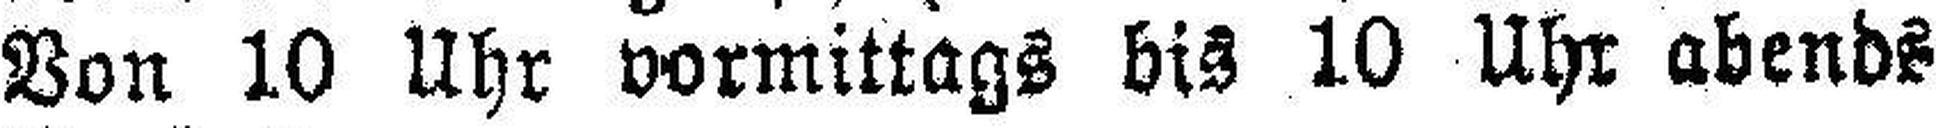
Von 10 Uhr vormittags bis 10 Uhr abends